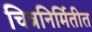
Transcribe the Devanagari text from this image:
चित्रनिर्मितीत